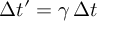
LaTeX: \Delta t ^ { \prime } = \gamma \, \Delta t